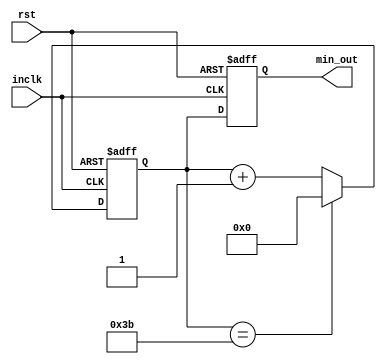
module min_cnt(rst,inclk,min_out);
    
    input rst,inclk;
    output reg[5:0] min_out;
    reg[5:0] tmp;

    always@(posedge inclk or negedge rst) begin
        
        if(!rst) begin
            min_out<=0;
            tmp<=0;
        end

        else begin
           if(tmp==59)begin
               tmp<=0;
           end
           else begin
               tmp<=tmp+1;
           end
           min_out<=tmp;

        end
    
    


    end




endmodule